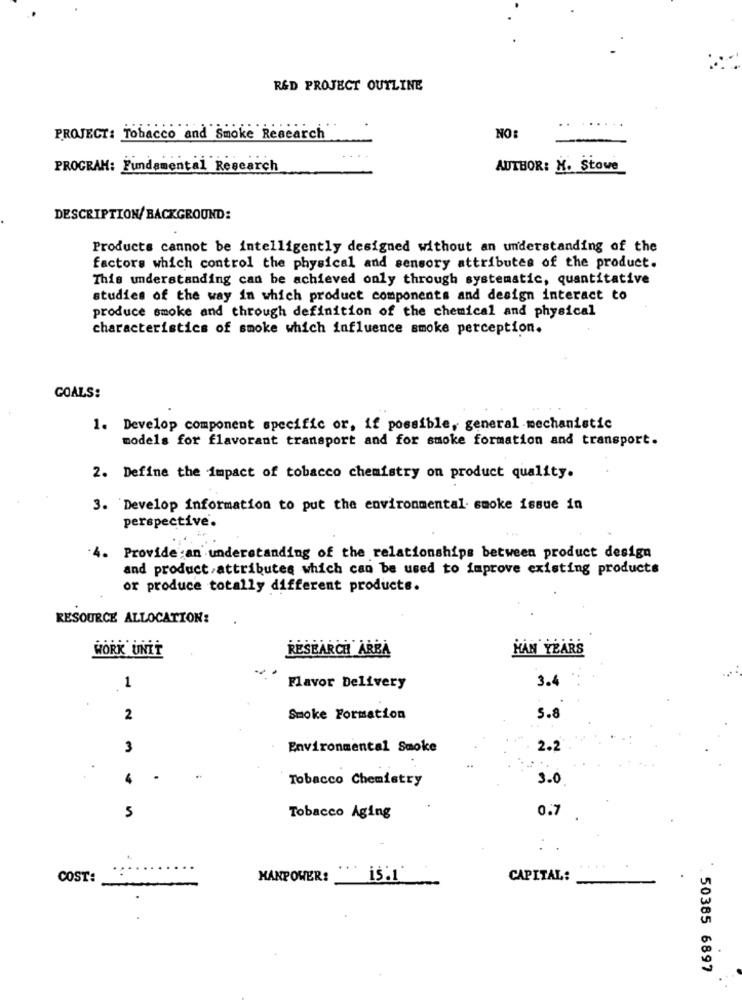
R&D PROJECT OUTLINE
PROJECT: Tobacco and Smoke Research
NO:
PROGRAM: Fundamental Research
AUTHOR: M. Stowe
DESCRIPTION/ BACKGROUND:
Products cannot be intelligently designed without an understanding of the
factors which control the physical and sensory attributes of the product.
This understanding can be achieved only through systematic, quantitative
studies of the way in which product components and design interact to
produce smoke and through definition of the chemical and physical
characteristics of smoke which influence smoke perception.
GOALS:
1. Develop component specific or, if possible, general mechanistic
models for flavorant transport and for smoke formation and transport.
2. Define the impact of tobacco chemistry on product quality.
3. Develop Information to put the environmental smoke issue in
perspective.
4. Provide :an understanding of the relationships between product design
and product/attributes which can be used to improve existing products
or produce totally different products.
RESOURCE ALLOCATION:
WORK UNIT
RESEARCH AREA
HAN YEARS
3.4
1
Flavor Delivery
2
Smoke Formation
5.8
3
Environmental Smoke
2.2
4
Tobacco Chemistry
3.0
0.7
5
Tobacco Aging
:
COST:
MANPOWER?
is:1
CAPITAL:
50385 6897